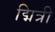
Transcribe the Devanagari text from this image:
द्मित्री